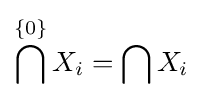
\bigcap ^{\{0\}}X_{i}=\bigcap X_{i}